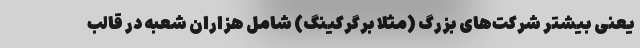
یعنی بیشتر شرکت‌های بزرگ (مثلا برگرکینگ) شامل هزاران شعبه در قالب